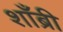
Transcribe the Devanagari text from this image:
शाँब्री